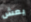
يعش